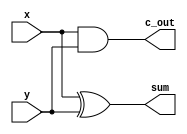
module q1ha(x, y, sum, c_out);
    input x, y;
    output sum, c_out;
    assign sum = x ^ y;
    assign c_out = (x & y);
endmodule